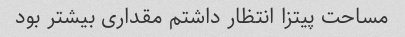
مساحت پیتزا انتظار داشتم مقداری بیشتر بود